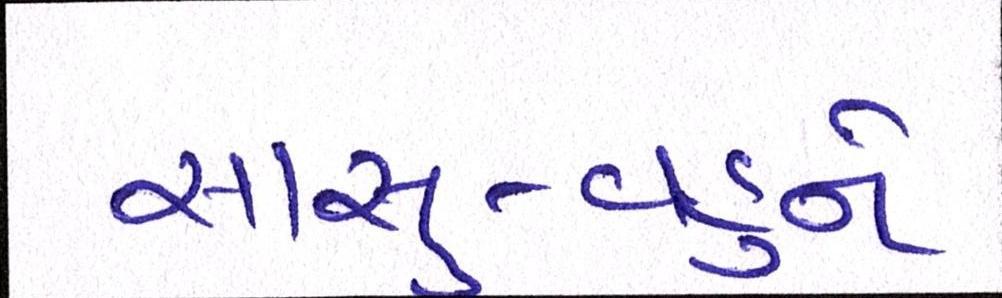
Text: સાસુ-વહુને